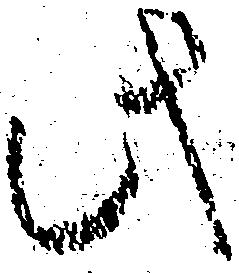
此